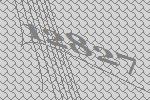
12827